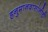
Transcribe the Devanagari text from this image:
हनुमानदासांनीही